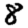
Digit: 8